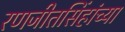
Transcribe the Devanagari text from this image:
रणजीतसिंहांच्या